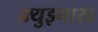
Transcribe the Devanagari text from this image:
क्र्युझ्नाख